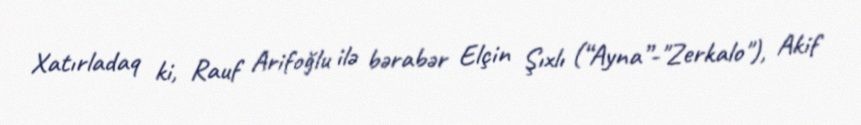
Xatırladaq ki, Rauf Arifoğlu ilə bərabər Elçin Şıxlı (“Ayna”-"Zerkalo"), Akif